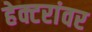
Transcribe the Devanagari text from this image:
हेक्टरांवर